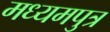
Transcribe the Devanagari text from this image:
मध्यमपुत्र